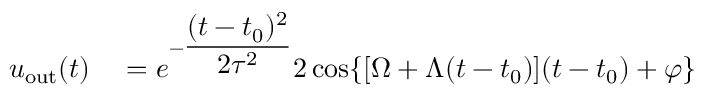
\begin{array} { r l } { u _ { \mathrm { o u t } } ( t ) } & { { } = e ^ { - \displaystyle \frac { ( t - t _ { 0 } ) ^ { 2 } } { 2 \tau ^ { 2 } } } 2 \cos \{ [ \Omega + \Lambda ( t - t _ { 0 } ) ] ( t - t _ { 0 } ) + \varphi \} } \end{array}